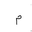
Letter: _mim